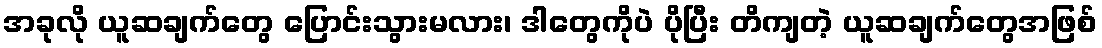
အခုလို ယူဆချက်တွေ ပြောင်းသွားမလား၊ ဒါတွေကိုပဲ ပိုပြီး တိကျတဲ့ ယူဆချက်တွေအဖြစ်